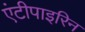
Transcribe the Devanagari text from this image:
एंटीपाइरिन